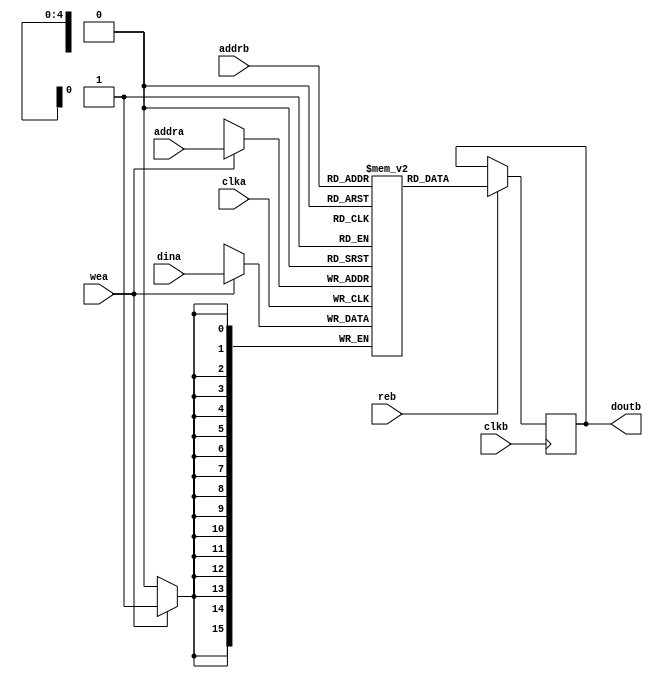
`timescale 1ns/1ps

module ad_mem #(

  parameter  DATA_WIDTH = 16,
  parameter  ADDRESS_WIDTH = 5) (

  input                               clka,
  input                               wea,
  input       [(ADDRESS_WIDTH-1):0]   addra,
  input       [(DATA_WIDTH-1):0]      dina,

  input                               clkb,
  input                               reb,
  input       [(ADDRESS_WIDTH-1):0]   addrb,
  output  reg [(DATA_WIDTH-1):0]      doutb);

  (* ram_style = "block" *)
  reg         [(DATA_WIDTH-1):0]      m_ram[0:((2**ADDRESS_WIDTH)-1)];

  always @(posedge clka) begin
    if (wea == 1'b1) begin
      m_ram[addra] <= dina;
    end
  end

  always @(posedge clkb) begin
    if (reb == 1'b1) begin
      doutb <= m_ram[addrb];
    end
  end

endmodule

// ***************************************************************************
// ***************************************************************************